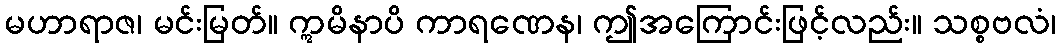
မဟာရာဇ၊ မင်းမြတ်။ ဣမိနာပိ ကာရဏေန၊ ဤအကြောင်းဖြင့်လည်း။ သစ္စဗလံ၊